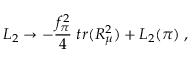
{ \cal L } _ { 2 } \rightarrow - \frac { f _ { \pi } ^ { 2 } } { 4 } \; t r ( R _ { \mu } ^ { 2 } ) + { \cal L } _ { 2 } ( \pi ) \; ,